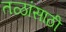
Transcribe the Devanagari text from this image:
तळांसाठी